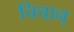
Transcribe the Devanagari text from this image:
चिचान्